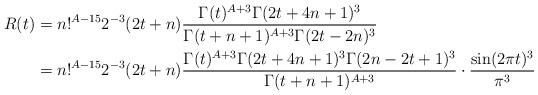
LaTeX: \begin{align*}R(t)&=n!^{A-15}2^{-3} (2t+n)\frac{\Gamma(t)^{A+3}\Gamma(2t+4n+1)^3}{\Gamma(t+n+1)^{A+3}\Gamma(2t-2n)^3} \\&=n!^{A-15}2^{-3} (2t+n)\frac{\Gamma(t)^{A+3}\Gamma(2t+4n+1)^3\Gamma(2n-2t+1)^3}{\Gamma(t+n+1)^{A+3}}\cdot\frac{\sin(2\pi t)^3}{\pi^3}\end{align*}